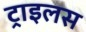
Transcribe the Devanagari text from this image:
ट्राइलस